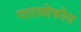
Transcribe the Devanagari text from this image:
पारलोफोन